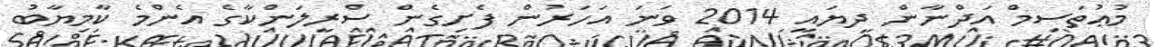
މުޢުތަސިމް އަދްނާން ދިޔައީ 2014 ވަނަ އަހަރުން ފެށިގެން ސްރީލަންކާގެ އެންމެ ކާމިޔާބު